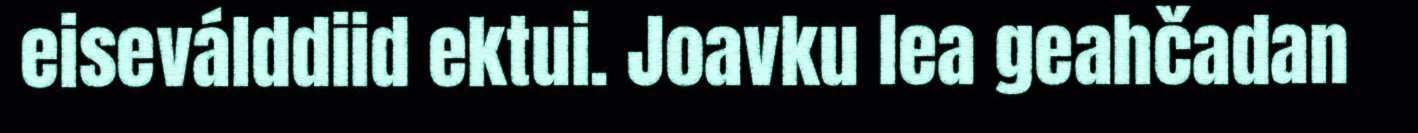
eiseválddiid ektui. Joavku lea geahčadan